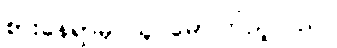
စားနေရာမှ သူ မော်ကြည့်သည်။